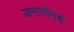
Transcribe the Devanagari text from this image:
जमातीमधे